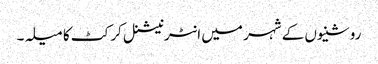
روشنیوں کے شہر میں انٹرنیشنل کرکٹ کا میلہ۔